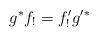
LaTeX: \begin{align*}g^* f_! = f'_! g'^*\end{align*}